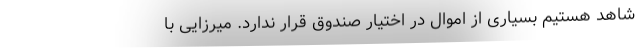
شاهد هستیم بسیاری از اموال در اختیار صندوق قرار ندارد. میرزایی با